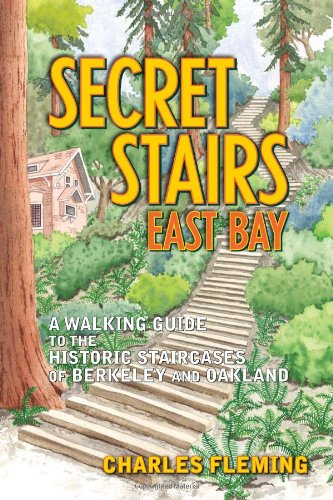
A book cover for Secret Stairs: East Bay: A Walking Guide to the Historic Staircases of Berkeley and Oakland; Charles Fleming; Health, Fitness & Dieting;